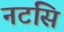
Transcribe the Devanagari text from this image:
नटसि